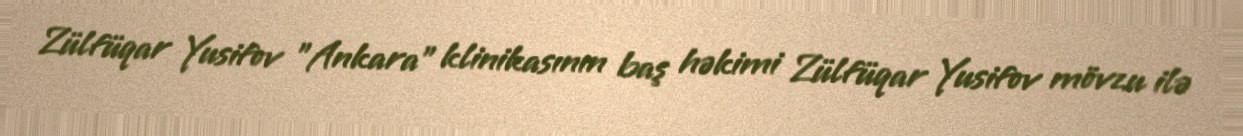
Zülfüqar Yusifov "Ankara" klinikasının baş həkimi Zülfüqar Yusifov mövzu ilə